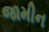
જામીન